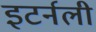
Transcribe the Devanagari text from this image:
इटर्नली